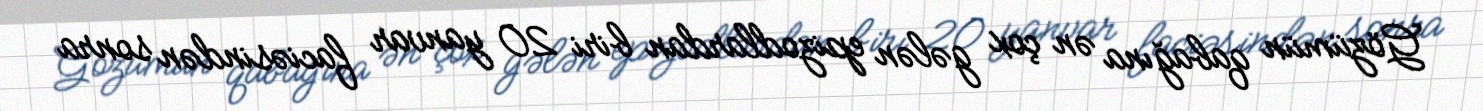
Gözümün qabağına ən çox gələn epizodlardan biri 20 yanvar faciəsindən sonra